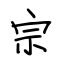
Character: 宗